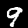
Label: 9